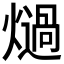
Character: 𭶏